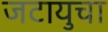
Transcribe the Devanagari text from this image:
जटायुचा